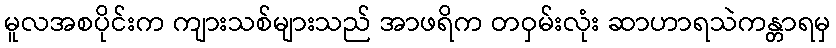
မူလအစပိုင်းက ကျားသစ်များသည် အာဖရိက တဝှမ်းလုံး ဆာဟာရသဲကန္တာရမှ